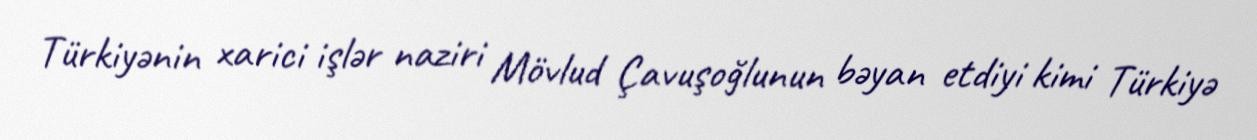
Türkiyənin xarici işlər naziri Mövlud Çavuşoğlunun bəyan etdiyi kimi Türkiyə